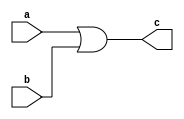
module or_x(
    a, b,
    c);
  input wire a;
  input wire b;
  output wire c;
  assign c = a | b;

endmodule